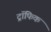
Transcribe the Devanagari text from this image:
ट्रॉफिक